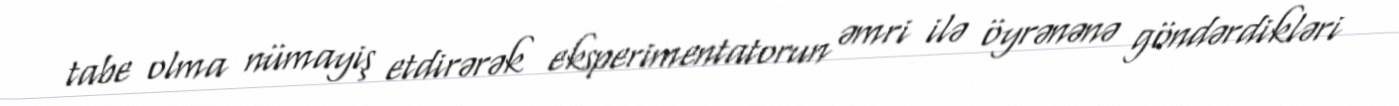
tabe olma nümayiş etdirərək eksperimentatorun əmri ilə öyrənənə göndərdikləri